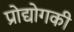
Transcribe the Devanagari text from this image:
प्रोद्योगकी